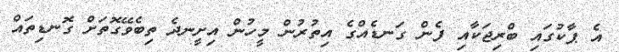
އެ ޕާކުގައި ބްރިޖަކާއި ފެން ގަނޑެއްގެ އިތުރުން މީހުން އިށީނދެ ތިބެވޭގޮތަށް ގޮނޑިތައް